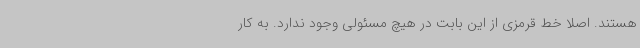
هستند. اصلا خط قرمزی از این بابت در هیچ مسئولی وجود ندارد. به کار